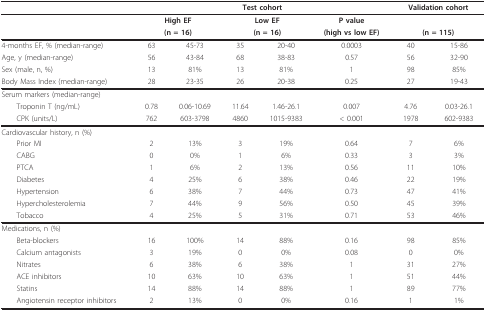
<table><thead><tr><td></td><td colspan="5"><b>Test cohort</b></td><td colspan="2"><b>Validation cohort</b></td></tr></thead><tbody><tr><td></td><td colspan="2"><b>High EF</b></td><td colspan="2"><b>Low EF</b></td><td><b>P value</b></td><td></td><td></td></tr><tr><td></td><td colspan="2"><b>(n = 16)</b></td><td colspan="2"><b>(n = 16)</b></td><td><b>(high vs low EF)</b></td><td colspan="2"><b>(n = 115)</b></td></tr><tr><td>4-months EF, % (median-range)</td><td>63</td><td>45-73</td><td>35</td><td>20-40</td><td>0.0003</td><td>40</td><td>15-86</td></tr><tr><td>Age, y (median-range)</td><td>56</td><td>43-84</td><td>68</td><td>38-83</td><td>0.57</td><td>56</td><td>32-90</td></tr><tr><td>Sex (male, n, %)</td><td>13</td><td>81%</td><td>13</td><td>81%</td><td>1</td><td>98</td><td>85%</td></tr><tr><td>Body Mass Index (median-range)</td><td>28</td><td>23-35</td><td>26</td><td>20-38</td><td>0.25</td><td>27</td><td>19-43</td></tr><tr><td>Serum markers (median-range)</td><td></td><td></td><td></td><td></td><td></td><td></td><td></td></tr><tr><td> Troponin T (ng/mL)</td><td>0.78</td><td>0.06-10.69</td><td>11.64</td><td>1.46-26.1</td><td>0.007</td><td>4.76</td><td>0.03-26.1</td></tr><tr><td> CPK (units/L)</td><td>762</td><td>603-3798</td><td>4860</td><td>1015-9383</td><td>&lt; 0.001</td><td>1978</td><td>602-9383</td></tr><tr><td>Cardiovascular history, n (%)</td><td></td><td></td><td></td><td></td><td></td><td></td><td></td></tr><tr><td> Prior MI</td><td>2</td><td>13%</td><td>3</td><td>19%</td><td>0.64</td><td>7</td><td>6%</td></tr><tr><td> CABG</td><td>0</td><td>0%</td><td>1</td><td>6%</td><td>0.33</td><td>3</td><td>3%</td></tr><tr><td> PTCA</td><td>1</td><td>6%</td><td>2</td><td>13%</td><td>0.56</td><td>11</td><td>10%</td></tr><tr><td> Diabetes</td><td>4</td><td>25%</td><td>6</td><td>38%</td><td>0.46</td><td>22</td><td>19%</td></tr><tr><td> Hypertension</td><td>6</td><td>38%</td><td>7</td><td>44%</td><td>0.73</td><td>47</td><td>41%</td></tr><tr><td> Hypercholesterolemia</td><td>7</td><td>44%</td><td>9</td><td>56%</td><td>0.50</td><td>45</td><td>39%</td></tr><tr><td> Tobacco</td><td>4</td><td>25%</td><td>5</td><td>31%</td><td>0.71</td><td>53</td><td>46%</td></tr><tr><td>Medications, n (%)</td><td></td><td></td><td></td><td></td><td></td><td></td><td></td></tr><tr><td> Beta-blockers</td><td>16</td><td>100%</td><td>14</td><td>88%</td><td>0.16</td><td>98</td><td>85%</td></tr><tr><td> Calcium antagonists</td><td>3</td><td>19%</td><td>0</td><td>0%</td><td>0.08</td><td>0</td><td>0%</td></tr><tr><td> Nitrates</td><td>6</td><td>38%</td><td>6</td><td>38%</td><td>1</td><td>31</td><td>27%</td></tr><tr><td> ACE inhibitors</td><td>10</td><td>63%</td><td>10</td><td>63%</td><td>1</td><td>51</td><td>44%</td></tr><tr><td> Statins</td><td>14</td><td>88%</td><td>14</td><td>88%</td><td>1</td><td>89</td><td>77%</td></tr><tr><td> Angiotensin receptor inhibitors</td><td>2</td><td>13%</td><td>0</td><td>0%</td><td>0.16</td><td>1</td><td>1%</td></tr></tbody></table>